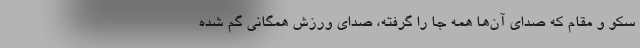
سکو و مقام که صدای آن‌ها همه جا را گرفته، صدای ورزش همگانی گم شده